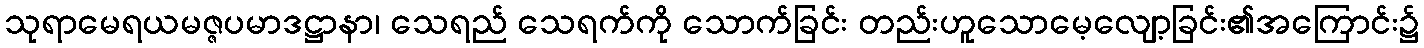
သုရာမေရယမဇ္ဇပမာဒဋ္ဌာနာ၊ သေရည် သေရက်ကို သောက်ခြင်း တည်းဟူသောမေ့လျော့ခြင်း၏အကြောင်း၌